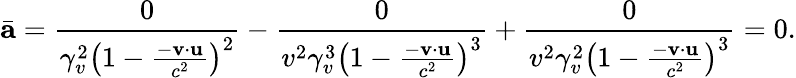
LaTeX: \bar{\mathbf{a}}=\frac{0}{\gamma_{v}^{2}\left(1-\frac{-\mathbf{v}\cdot\mathbf{u}}{c^{2}}\right)^{2}}-\frac{0}{v^{2}\gamma_{v}^{3}\left(1-\frac{-\mathbf{v}\cdot\mathbf{u}}{c^{2}}\right)^{3}}+\frac{0}{v^{2}\gamma_{v}^{2}\left(1-\frac{-\mathbf{v}\cdot\mathbf{u}}{c^{2}}\right)^{3}}=0.